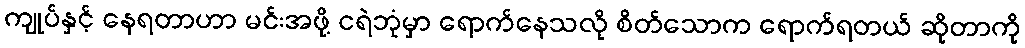
ကျုပ်နှင့် နေရတာဟာ မင်းအဖို့ ငရဲဘုံမှာ ရောက်နေသလို စိတ်သောက ရောက်ရတယ် ဆိုတာကို